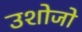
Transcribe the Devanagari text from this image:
उशोजो